Veterinary [1909] -
Year: 1909
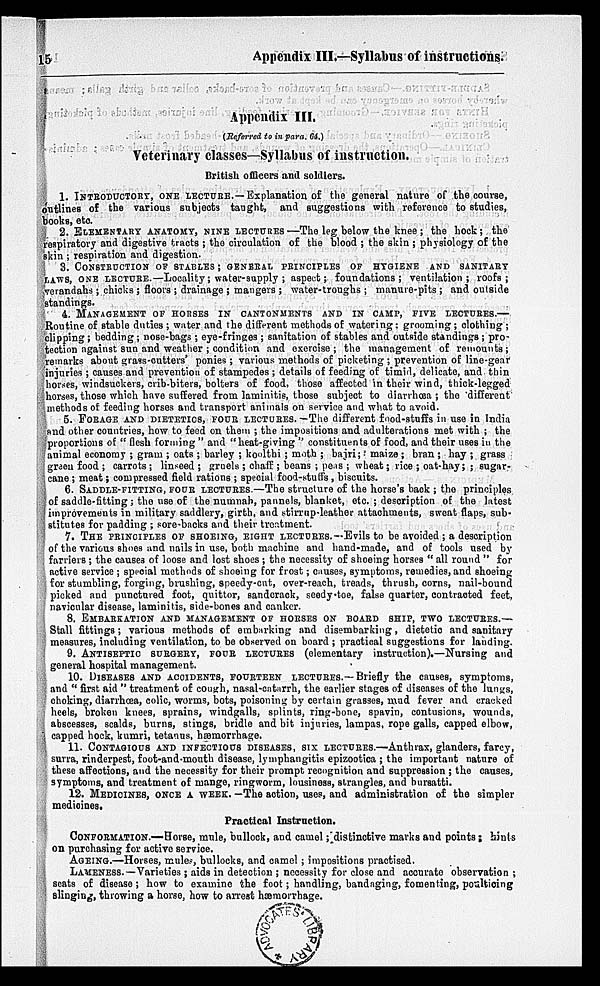
15
Appendix III.—Syllabus of instructions.
Appendix III,
(Referred to in para. 64.)
Veterinary classes—Syllabus of instruction.
British officers and soldiers.
1. INTRODUCTORY, ONE LECTURE.—Explanation of the general nature of the course,
outlines of the various subjects taught, and suggestions with reference to studies,
books, etc
2. ELEMENTARY ANATOMY, NINE LECTURES—The leg below the knee ; the hock; the
respiratory and digestive tracts ; the circulation of the blood ; the skin ; physiology of the
skin ; respiration and digestion.
3. CONSTRUCTION OF STABLES ; GENERAL PRINCIPLES OF HYGIENE AND SANITARY
LAWS, ONE LECTURE.—Locality; water-supply ; aspect; foundations; ventilation; roofs;
verandahs; chicks; floors ; drainage ; mangers ; water-troughs ; manure-pits ; and outside
standings.
4. MANAGEMENT OF HORSES IN CANTONMENTS AND IN CAMP, FIVE LECTURES.—
Routine of stable duties ; water and the different methods of watering; grooming; clothing ;
clipping ; bedding; nose-bags ; eye-fringes ; sanitation of stables and outside standings ; pro-
tection against sun and weather ; condition and exercise ; the management of remounts ;
remarks about grass-cutters' ponies ; various methods of picketing ; prevention of line-gear
injuries ; causes and prevention of stampedes ; details of feeding of timid, delicate, and thin
horses, windsuckers, crib-biters, bolters of food, those affected in their wind, thick-legged
horses, those which have suffered from laminitis, those subject to diarrhœa ; the different
methods of feeding horses and transport animals on service and what to avoid.
5. FORAGE AND DIETETICS, FOUR LECTURES.—The different food-stuffs in use in India
and other countries, how to feed on them ; the impositions and adulterations met with ; the
proportions of " flesh forming " and "heat-giving " constituents of food, and their uses in the
animal economy ; gram ; oats ; barley ; koolthi ; moth ; bajri; maize; bran; hay; grass
green food ; carrots ; linseed ; gruels ; chaff ; beans ; peas ; wheat; rice ; oat-hay; ; sugar-
cane ; meat; compressed field rations ; special food-stuffs , biscuits.
6. SADDLE-FITTING, FOUR LECTURES.—The structure of the horse's back ; the principles
of saddle-fitting; the use of the numnah, pannels, blanket, etc. ; description of the latest
improvements in military saddlery, girth, and stirrup-leather attachments, sweat flaps, sub-
stitutes for padding ; sore-backs and their treatment.
7. THE PRINCIPLES OF SHOEING, EIGHT LECTURES.—Evils to be avoided ; a description
of the various shoes and nails in use, both machine and hand-made, and of tools used by
farriers ; the causes of loose and lost shoes ; the necessity of shoeing horses " all round " for
active service ; special methods of shoeing for frost; causes, symptoms, remedies, and shoeing
for stumbling, forging, brushing, speedy-cut, over-reach, treads, thrush, corns, nail-bound
picked and punctured foot, quittor, sandcrack, seedy-toe, false quarter, contracted feet,
navicular disease, laminitis, side-bones and canker.
8. EMBARKATION AND MANAGEMENT OF HORSES ON BOARD SHIP, TWO LECTURES.—
Stall fittings; various methods of embarking and disembarking, dietetic and sanitary
measures, including ventilation, to be observed on board ; practical suggestions for landing.
9. ANTISEPTIC SURGERY, FOUR LECTURES (elementary instruction).—Nursing and
general hospital management.
10. DISEASES AND ACCIDENTS, FOURTEEN LECTURES.—Briefly the causes, symptoms,
and " first aid " treatment of cough, nasal-catarrh, the earlier stages of diseases of the lungs,
choking, diarrhœa, colic, worms, bots, poisoning by certain grasses, mud fever and cracked
heels, broken knees, sprains, windgalls, splints, ring-bone, spavin, contusions, wounds,
abscesses, scalds, burns, stings, bridle and bit injuries, lampas, rope galls, capped elbow,
capped hock, kumri, tetanus, hæmorrhage.
11. CONTAGIOUS AND INFECTIOUS DISEASES, SIX LECTURES.—Anthrax, glanders, farcy,
surra, rinderpest, foot-and-mouth disease, lymphangitis epizootica ; the important nature of
these affections, and the necessity for their prompt recognition and suppression ; the causes,
symptoms, and treatment of mange, ringworm, lousiness, strangles, and bursatti.
12. MEDICINES, ONCE A WEEK. —The action, uses, and administration of the simpler
medicines.
Practical Instruction.
CONFORMATION.—Horse, mule, bullock, and camel; distinctive marks and points; hints
on purchasing for active service.
AGEING.—Horses, mules, bullocks, and camel ; impositions practised.
LAMENESS.—Varieties ; aids in detection ; necessity for close and accurate observation ;
seats of disease ; how to examine the foot; handling, bandaging, fomenting, poulticing
slinging, throwing a horse, how to arrest hæmorrhage.